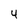
Character: 4